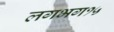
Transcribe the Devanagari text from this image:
लगभग१५